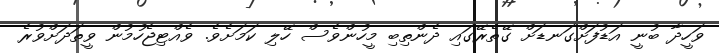
ވަހީދާ ބުނީ އަޑުފަށްގަނޑަށް ގޭތެރޭގައި ދެންތިބި މީހުންވެސް ހޭލި ކަމަށެވެ. ވެއްޓިޖެހުމުން ވީތަދަށްވުރެ